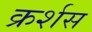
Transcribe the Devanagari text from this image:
क्रर्शस